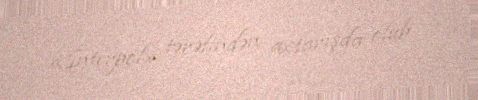
«İnterpol» tərəfindən axtarışda olub.